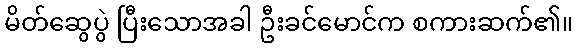
မိတ်ဆွေပွဲ ပြီးသောအခါ ဦးခင်မောင်က စကားဆက်၏။